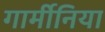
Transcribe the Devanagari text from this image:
गार्मीनिया